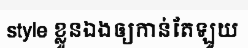
style ខ្លួនឯងឲ្យកាន់តែឡូយ